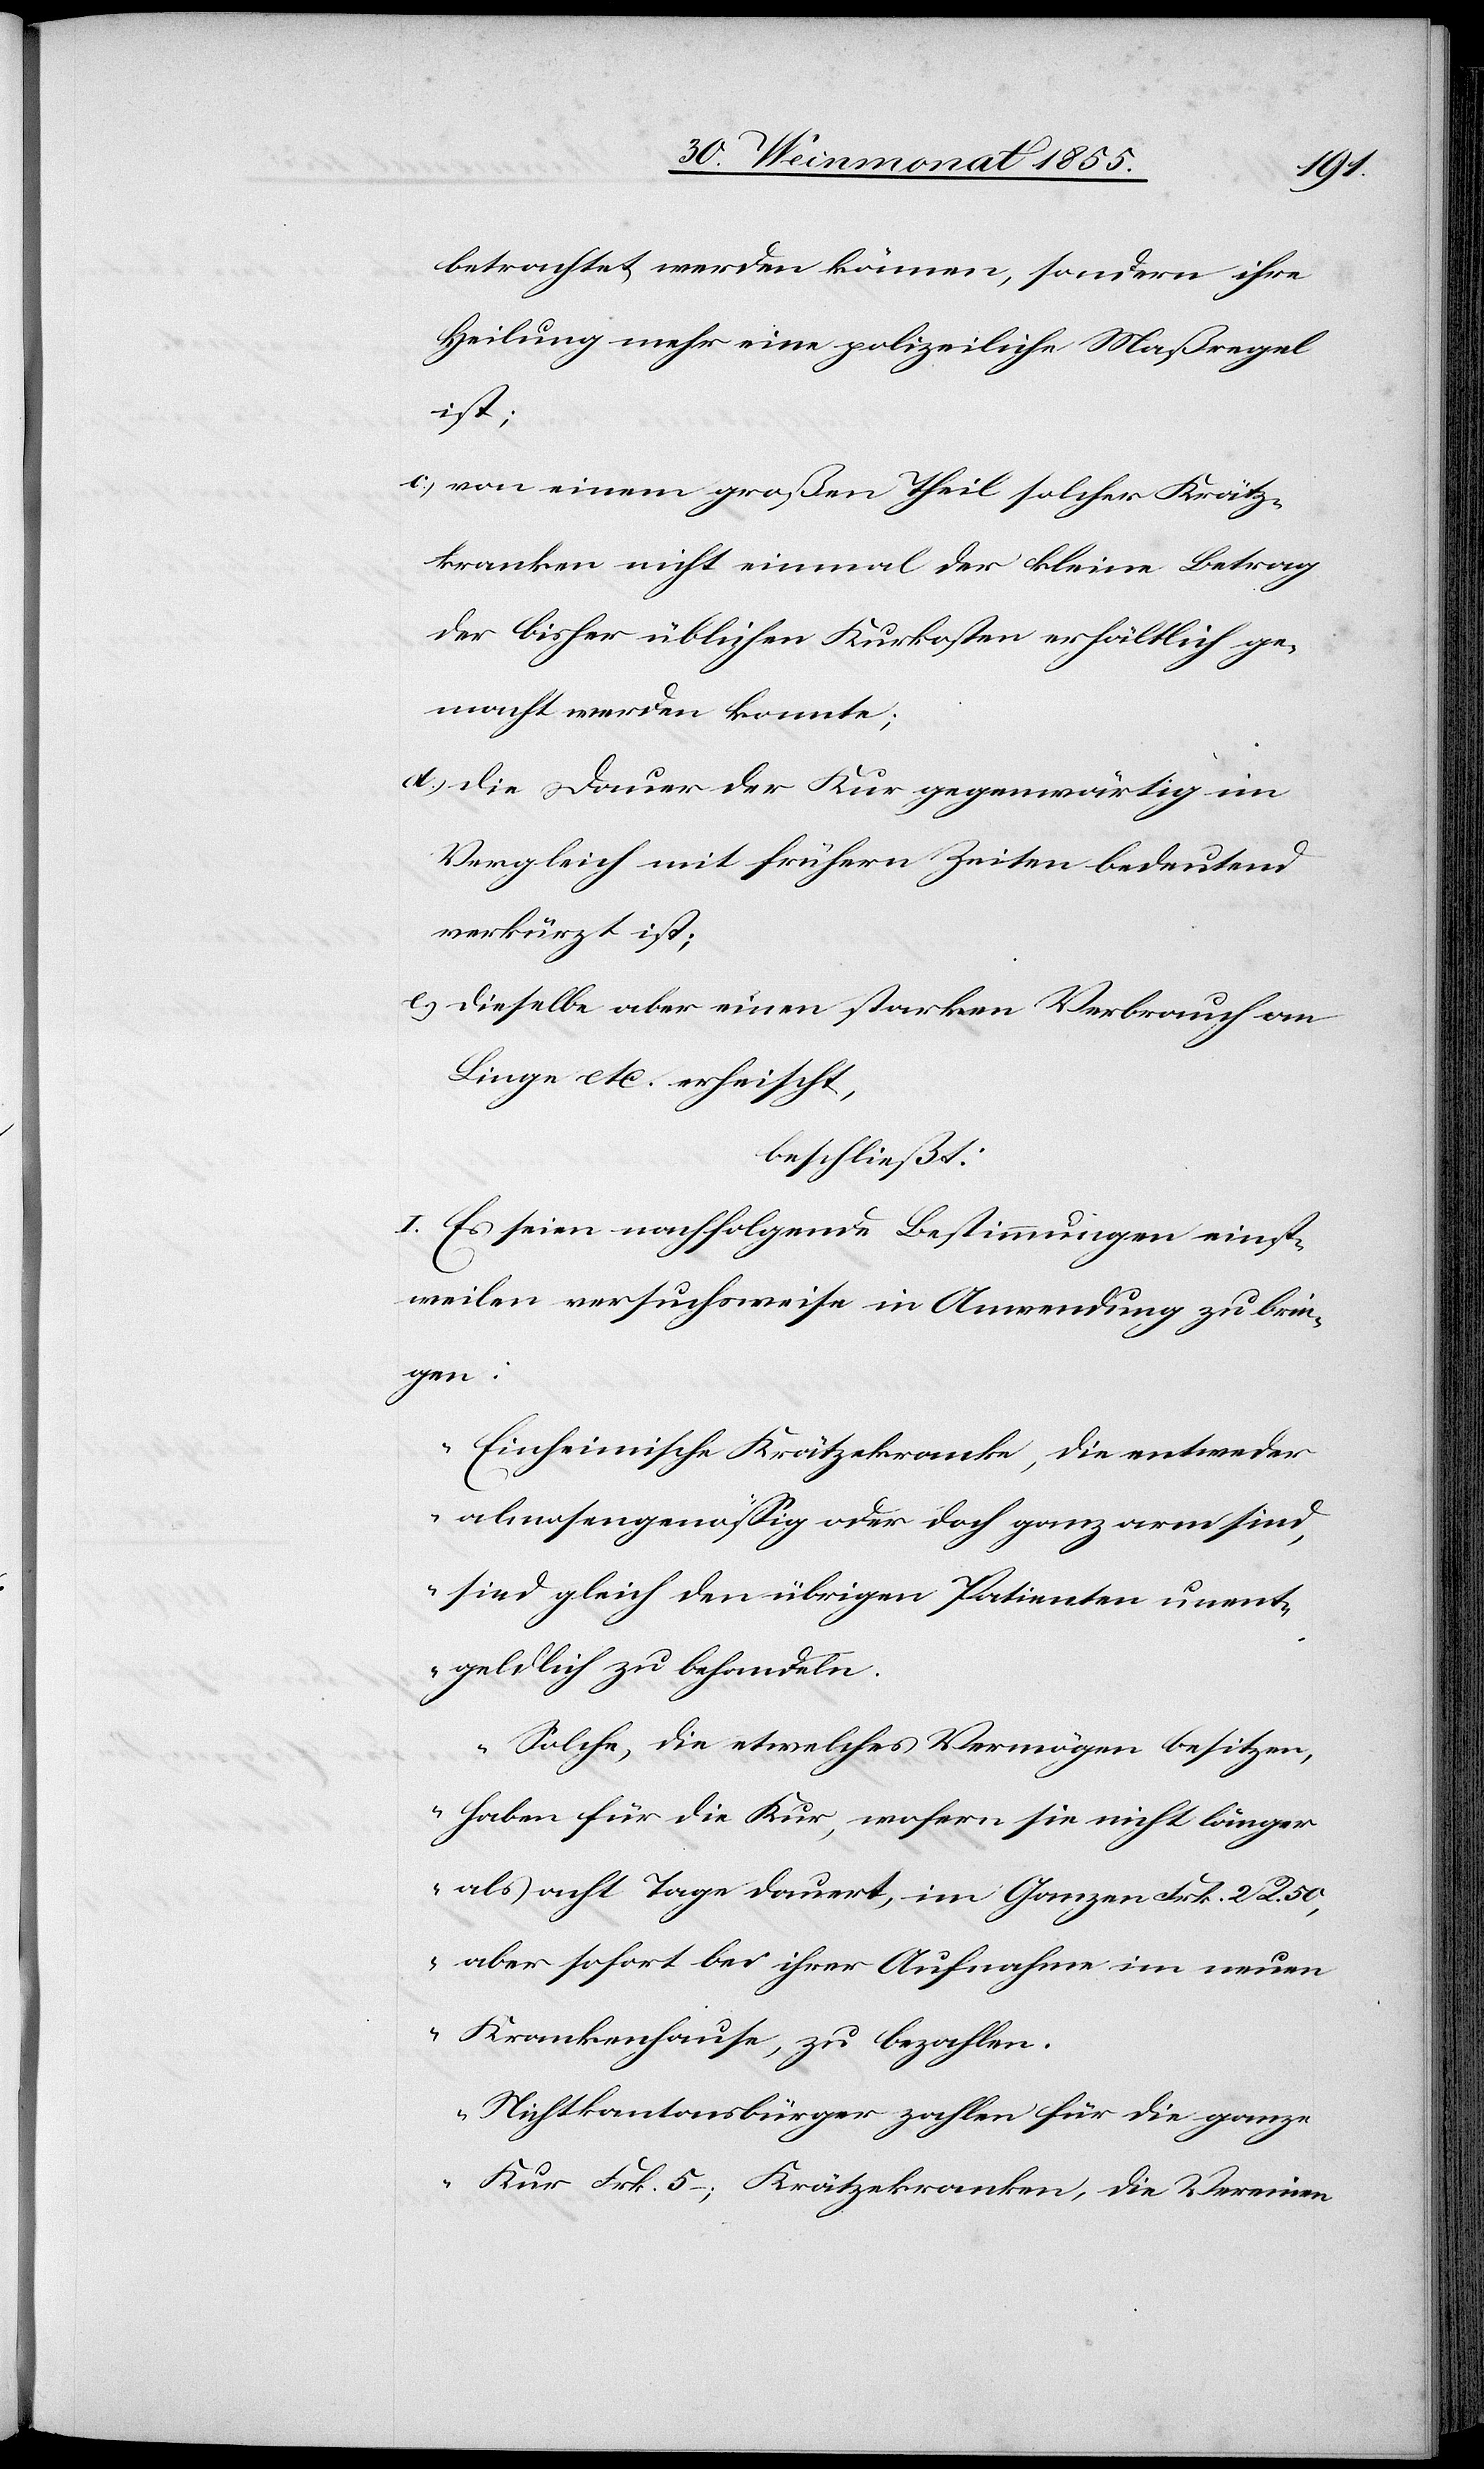
z[e]k¬
betrachtet werden können, sondern ihre
Heilung mehr eine polizeiliche Maßregel
ist;
von einem großen Theil solcher Krät¬
ranken nicht einmal der kleine Betrag
der bisher üblichen Kurkosten erhältlich ge¬
macht werden konnte;
die Dauer der Kur gegenwärtig im
Vergleich mit frühern Zeiten bedeutend
verkürzt ist;
dieselbe aber einen starken Verbrauch an
Linge etc. erheischt,
beschließt:
I. Es seien nachfolgende Bestimmungen einst¬
weilen versuchsweise in Anwendung zu brin¬
gen:
„Einheimische Krätzekranke, die entweder
almosengenössig oder doch ganz arm sind,
sind gleich den übrigen Patienten unent¬
geldlich zu behandeln.
Solche, die etwelches Vermögen besitzen,
haben für die Kur, wofern sie nicht länger
als acht Tage dauert, im Ganzen Frk. 2 R. 50,
aber sofort bei ihrer Aufnahme im neuen
Krankenhause, zu bezahlen.
Nichtkantonsbürger zahlen für die ganze
Kur Frk. 5 – ; Krätzekranken, die Vereinen